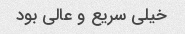
خیلی سریع و عالی بود